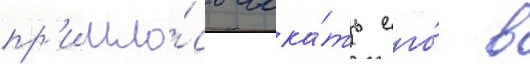
пр'ишло́сь иска́ть его́ в